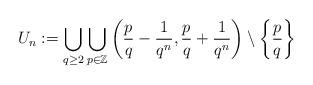
LaTeX: \begin{align*}U_{n}:=\bigcup_{q\geq 2} \bigcup_{p\in{\mathbb{Z}}} \left(\frac{p}{q}-\frac{1}{q^{n}},\frac{p}{q}+\frac{1}{q^{n}}\right)\setminus \left\{\frac{p}{q}\right\}\end{align*}